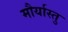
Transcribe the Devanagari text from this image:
मौर्यास्तु